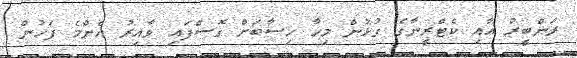
ރަންބީރު އާއި ކެޓްރީނާގެ ގުޅުން މިހާ ހިސާބަށް ގޮސްފައި ވާއިރު އެންމެ ފަހުން